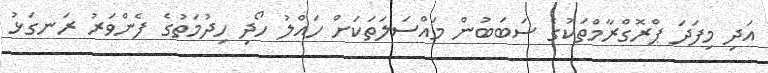
އަދި މިފަދަ ޕްރޮގްރާމްތަކުގެ ސަބަބުން މައްސަލަތަކަށް ހައްލު ހޯދި ހިދުމަތުގެ ފެންވަރު ރަނގަޅު